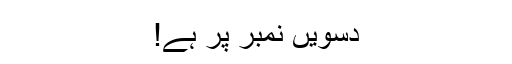
دسویں نمبر پر ہے!